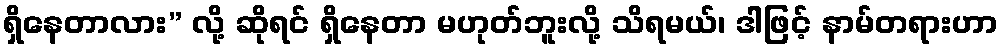
ရှိနေတာလား” လို့ ဆိုရင် ရှိနေတာ မဟုတ်ဘူးလို့ သိရမယ်၊ ဒါဖြင့် နာမ်တရားဟာ